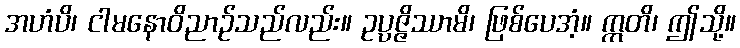
အဟံပိ၊ ငါမနောဝိညာဉ်သည်လည်း။ ဥပ္ပဇ္ဇိဿာမိ၊ ဖြစ်ပေအံ့။ ဣတိ၊ ဤသို့။